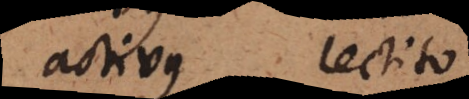
activus lectito